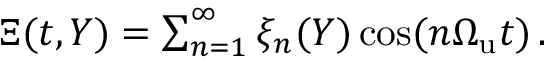
\begin{array} { r } { \Xi ( t , Y ) = \sum _ { n = 1 } ^ { \infty } \xi _ { n } ( Y ) \cos ( n { \Omega _ { \mathrm { u } } } t ) \, . } \end{array}